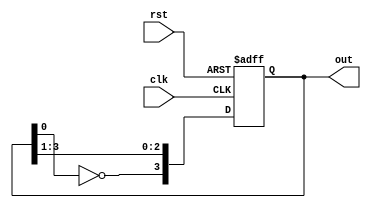
module johnsonc(clk,rst,out);
input clk,rst;
output reg[3:0] out;
always @(posedge clk or posedge rst ) begin
    if(rst)
    out<=4'b0000;
    else
    out<={(~out[0]),out[3],out[2],out[1]};
end
endmodule